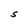
Character: S